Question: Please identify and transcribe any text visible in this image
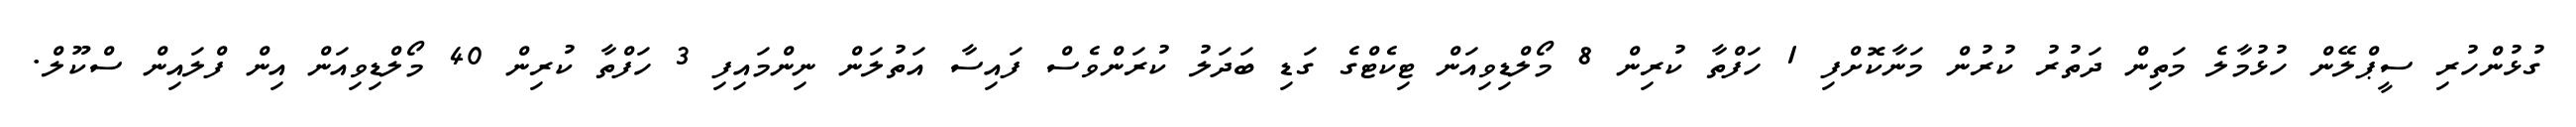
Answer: ގުޅުންހުރި ސީޕްލޭން ހުޅުމާލެ މަތިން ދަތުރު ކުރުން މަނާކޮށްފި 1 ހަފްތާ ކުރިން 8 މޯލްޑިވިއަން ޓިކެޓްގެ ގަޑި ބަދަލު ކުރަންވެސް ފައިސާ އަތުލަން ނިންމައިފި 3 ހަފްތާ ކުރިން 40 މޯލްޑިވިއަން އިން ފްލައިން ސްކޫލް.